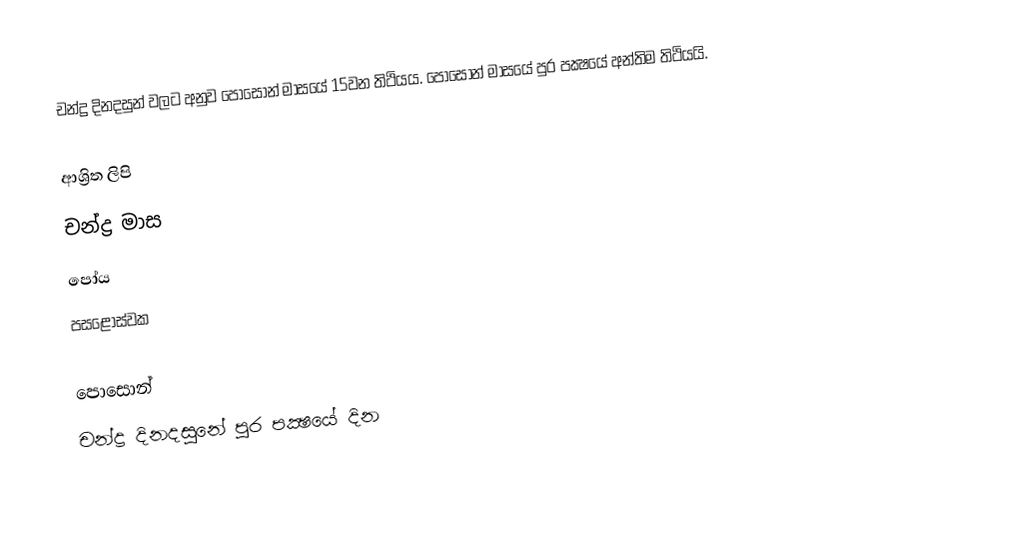
චන්ද්‍ර දිනදසුන් වලට අනුව පොසොන් මාසයේ 15වන තිථියය. පොසොන් මාසයේ පුර පක්‍ෂයේ අන්තිම තිථියයි.

ආශ්‍රිත ලිපි
 චන්ද්‍ර මාස
 පෝය
 පසළොස්වක

පොසොන්
චන්ද්‍ර දිනදසුනේ පුර පක්‍ෂයේ දින